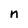
Character: n